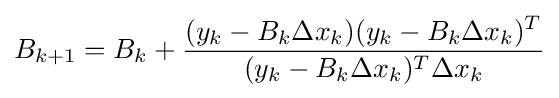
B_{k+1}=B_{k}+{\frac {(y_{k}-B_{k}\Delta x_{k})(y_{k}-B_{k}\Delta x_{k})^{T}}{(y_{k}-B_{k}\Delta x_{k})^{T}\Delta x_{k}}}